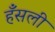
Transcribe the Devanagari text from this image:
हँसली